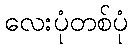
လေးပုံတစ်ပုံ